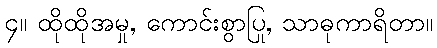
၄။ ထိုထိုအမှု, ကောင်းစွာပြု, သာဓုကာရိတာ။